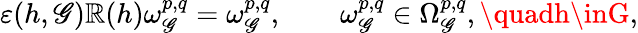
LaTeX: \varepsilon(h,\mathscr{G})\mathbb{R}(h)\omega_{\mathscr{G}}^{p,q}=\omega_{\mathscr{G}}^{p,q},\qquad\omega_{\mathscr{G}}^{p,q}\in\Omega_{\mathscr{G}}^{p,q},\quadh\inG,